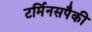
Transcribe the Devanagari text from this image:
टर्मिनसपैकी